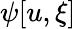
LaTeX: \psi[u,\xi]